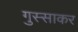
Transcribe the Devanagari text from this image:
गुस्साकर